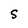
Character: S